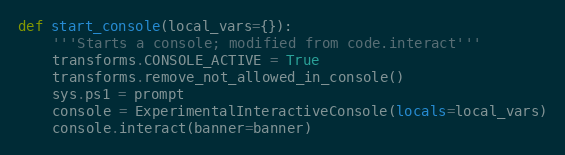
Language: Python
def start_console(local_vars={}):
    '''Starts a console; modified from code.interact'''
    transforms.CONSOLE_ACTIVE = True
    transforms.remove_not_allowed_in_console()
    sys.ps1 = prompt
    console = ExperimentalInteractiveConsole(locals=local_vars)
    console.interact(banner=banner)